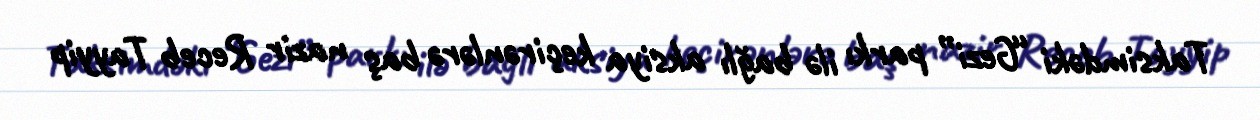
Taksimdəki “Gezi” parkı ilə bağlı aksiya keçirənlərə baş nazir Receb Tayyip